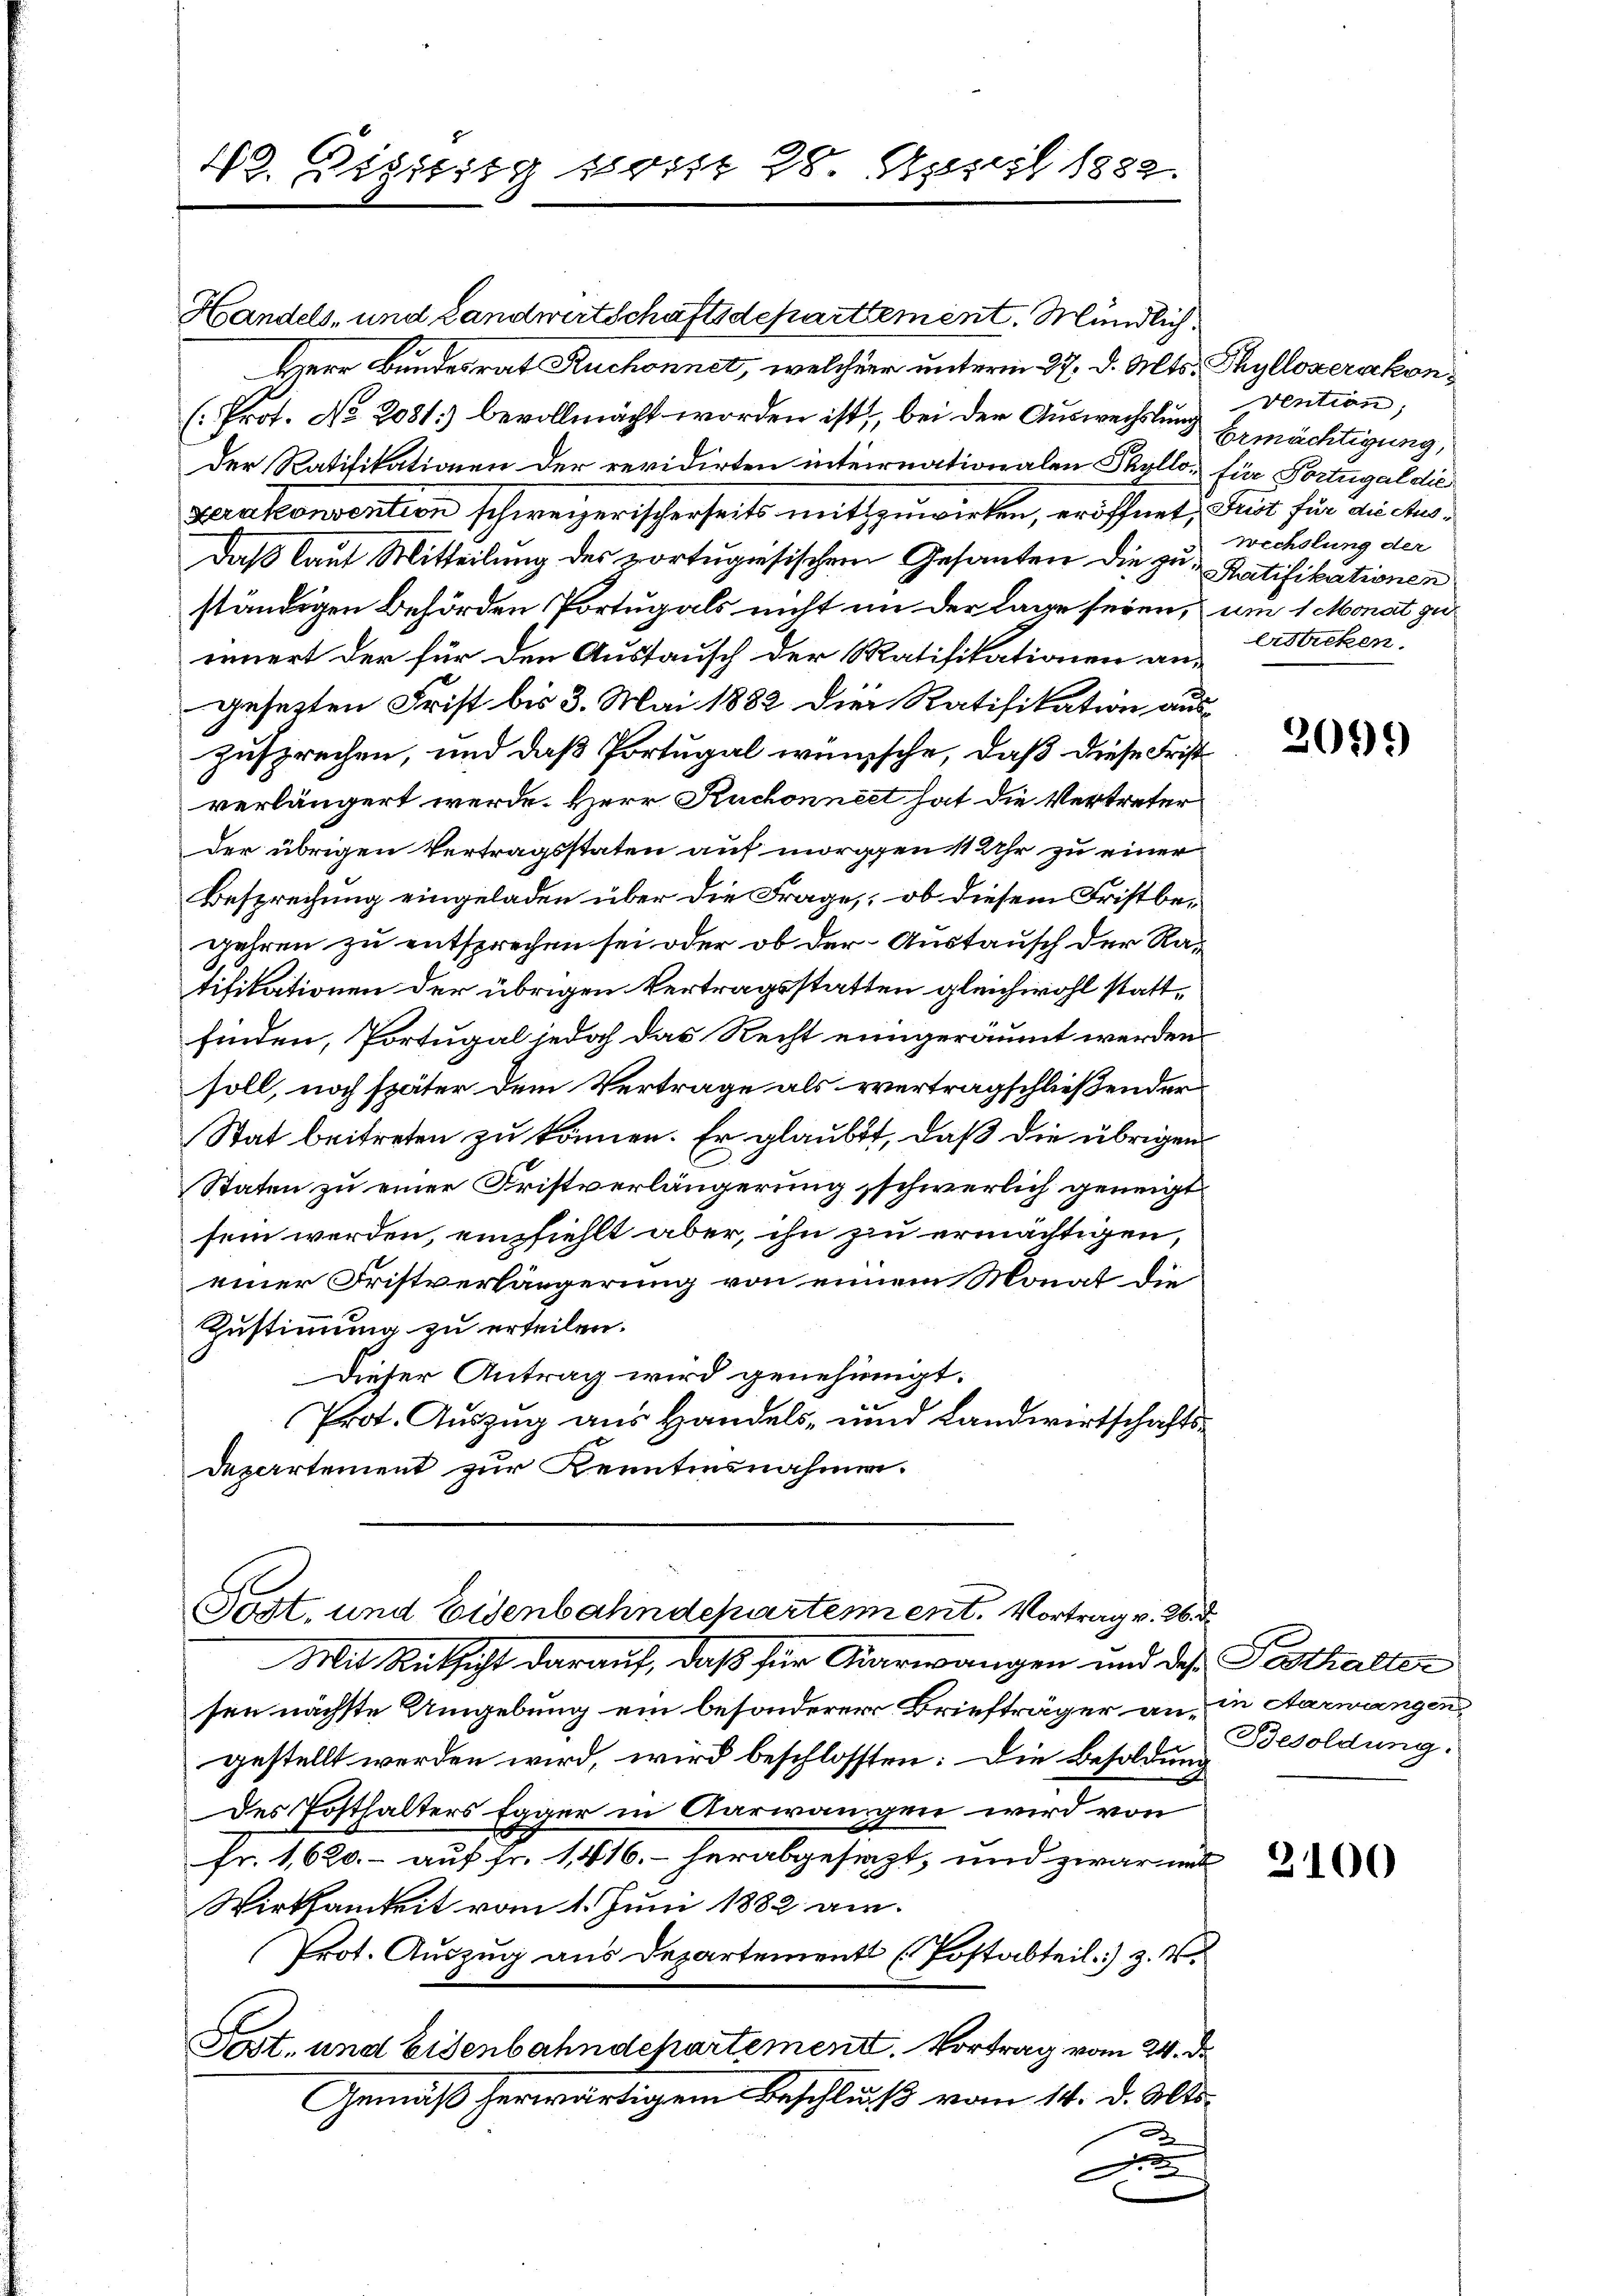
Handels- und Landwirtschaftsdeparttement. Mündlich.
Herr Bundesrat Ruchonnet, welcheer unterm 27. d. Mts. Thyllozerakon¬
(Prof. No. 2081) bevollmacht worden ist; bei der Auswechslung Ermächtigung,
der Ratifikationen der revidirten internationalen Thyllo- für Portugal die
Serakonvention schweizerischerseits mitzuwirken, eröffnet, Sust für die Aus¬
Daß laut Mitteilung des portugisischem Gesanten die zu Ratifikationen
ständigen Behörden Portugals nicht in der Lage seien, um 1 Monat gu
innert der für den Austausch der Ratifikationen angesetzten Frist bis 3. Mai 1882 die Ratifikation auszusprechen, und daß Portugal wünsche, daß diese Frist
verlängert werde. Herr Ruchonnert hat die Vertreter
der übrigen Vertragsstaten auf morgen 11 Uhr zu einer
Besprechung eingeladen über die Frage, ob diesem Fristbegehren zu entsprechen sei oder ob der Austausch der Ratifikationen der übrigen Vertragsstatten gleichwohl stattfinden, Portugal jedoch das Recht einigeräumt werden
soll, noch später dem Vertrage als vertragschließender
Stat beitreten zu können. Er glaubt, daß die übrigen
Staten zu einer Fristverlängerung schwerlich geneigt
sein werden, empfiehlt aber, ihn zu ermächtigen,
einer Fristverlängerung von einem Monat die
Zustimmung zu erteilen.
Dieser Antrag wird genehmigt.
Prot. Auszug aus Handels- und Landwirtschafts¬
Departement zur Kenntensnahmen.

42. Eigiitg bist 28 April 1882.

Tost, und Eisenbahndepartement. Vortrag v. 26. d.

Mit Rücksicht darauf, daß für Aarwangen und des Pesthalter
sen nächste Umgebung ein besonderer Briefträger an, in Aarwangen
gestellt werden wird, wird beschlossten: Die Besoldung
Des Posthalters Egger in Aarwangen wird von
fr. 1620.- auf Fr. 1416. herabgesezt, und zwar mit
Wirksamkeit vom 1. Juni 1882 am
Prot. Auszug aus Departement (Postabteil) z.
Post. und Eisenbahndepartement. Vortrag vom 24. d.
Gemäß herwärtigem Beschluß vom 14. d. Mts.
A
D

vention;
wechslung der
ersticken.

2099

Besoldung.

3100